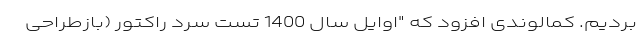
بردیم. کمالوندی افزود که "اوایل سال 1400 تست سرد راکتور (بازطراحی